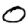
Digit: 0